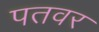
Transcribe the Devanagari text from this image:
पतवर